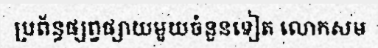
ប្រព័ន្ធផ្សព្វផ្សាយមួយចំនួនទៀត លោកសម